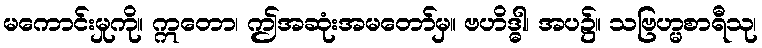
မကောင်းမှုကို။ ဣတော၊ ဤအဆုံးအမတော်မှ။ ဗဟိဒ္ဓါ၊ အပ၌။ သဗြဟ္မစာရီသု၊